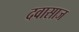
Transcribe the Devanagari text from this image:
दवासाज